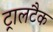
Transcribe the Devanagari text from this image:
ट्रालटैक